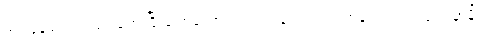
အကြံပေးကြပါရဲ့၊ တွေ့ပြီးပြောသော်လဲ ပတ်ဝန်းကျင်က ကန့်ကွက်ရင် ပျက်မှာမို့